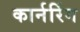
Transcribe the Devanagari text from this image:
कार्नरिंग